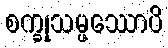
စက္ခုသမ္ဖဿောပိ